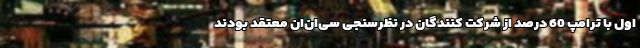
اول با ترامپ 60 درصد از شرکت کنندگان در نظرسنجی سی‌ان‌ان معتقد بودند